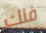
فلك